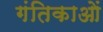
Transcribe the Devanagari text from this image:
गंतिकाओं